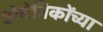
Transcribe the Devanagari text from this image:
डोमेनिकोंच्या